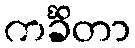
ကင်္ခိတာ